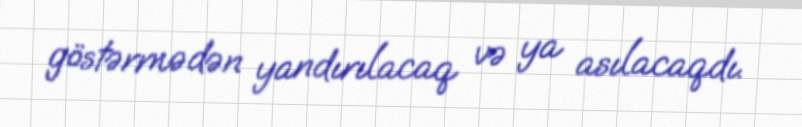
göstərmədən yandırılacaq və ya asılacaqdı.